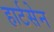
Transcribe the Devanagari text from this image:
हार्टसेन